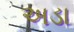
અડા